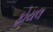
ફોયલ